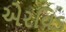
એરવિડ